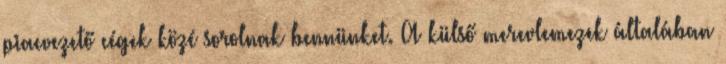
piacvezető cégek közé sorolnak bennünket. A külső merevlemezek általában